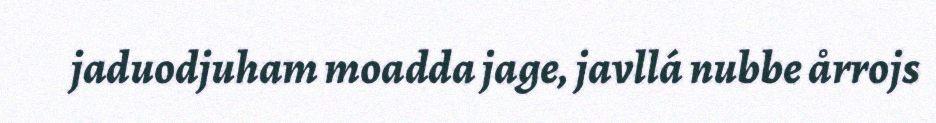
jaduodjuham moadda jage, javllá nubbe årrojs